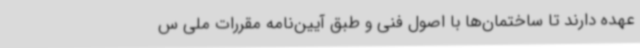
عهده دارند تا ساختمان‌ها با اصول فنی و طبق آیین‌نامه مقررات ملی س